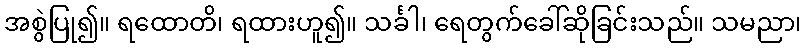
အစွဲပြု၍။ ရထောတိ၊ ရထားဟူ၍။ သင်္ခါ၊ ရေတွက်ခေါ်ဆိုခြင်းသည်။ သမညာ၊